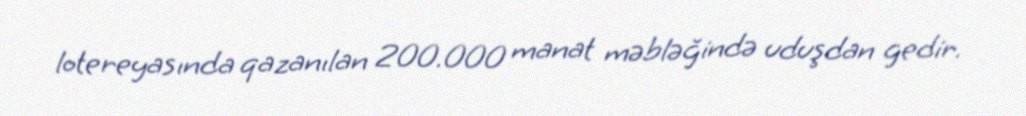
lotereyasında qazanılan 200.000 manat məbləğində uduşdan gedir.